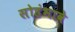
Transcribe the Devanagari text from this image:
सोहंभावे